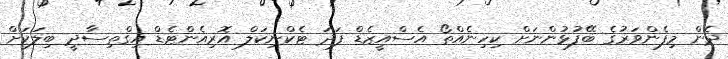
ދެން މިފެންވަރުގެ ބޭފުޅުންނަށް ކިހިނެއްތޯ އެސްއީޒެޑް ފަދަ ޓެކްނިކަލް އޮރިއެންޓެޑް އިގްތިސާދީ ބިލަކަށް